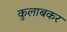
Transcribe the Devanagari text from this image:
कुलाबकर